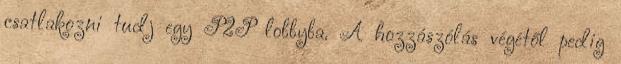
csatlakozni tudj egy P2P lobbyba. A hozzászólás végétől pedig